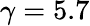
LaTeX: \gamma=5.7